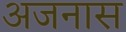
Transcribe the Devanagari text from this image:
अजनास